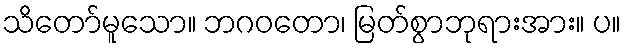
သိတော်မူသော။ ဘဂဝတော၊ မြတ်စွာဘုရားအား။ ပ။